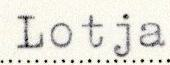
Lotja